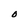
Character: O